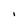
Character: I